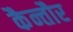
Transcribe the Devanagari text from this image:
कैन्तौर